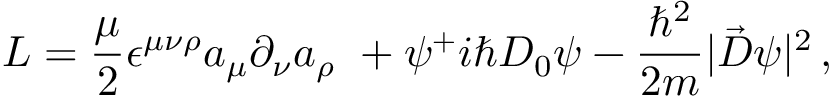
{ \cal L } = { \frac { \mu } { 2 } } \epsilon ^ { \mu \nu \rho } a _ { \mu } \partial _ { \nu } a _ { \rho } \ + \psi ^ { + } i \hbar D _ { 0 } \psi - { \frac { \hbar ^ { 2 } } { 2 m } } | \vec { D } \psi | ^ { 2 } \, ,